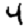
Digit: 4